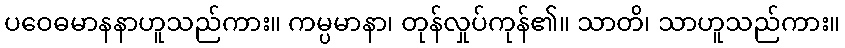
ပဝေဓမာနနာဟူသည်ကား။ ကမ္ပမာနာ၊ တုန်လှုပ်ကုန်၏။ သာတိ၊ သာဟူသည်ကား။